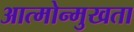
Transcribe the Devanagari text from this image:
आत्मोन्मुखता